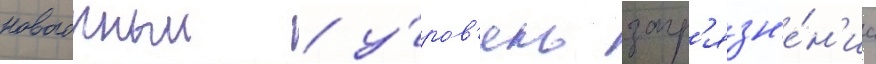
новогорныи / у́ров'ень загр'язн'е́н'иа